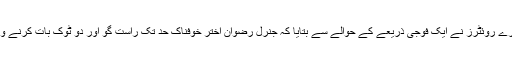
خبر رساں ادارے روئٹرز نے ایک فوجی ذریعے کے حوالے سے بتایا کہ جنرل رضوان اختر خوفناک حد تک راست گو اور دو ٹوک بات کرنے والے انسان ہیں۔